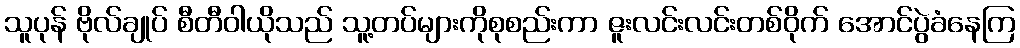
သူပုန် ဗိုလ်ချုပ် စီတီဝါယိုသည် သူ့တပ်များကိုစုစည်းကာ ဇူးလင်းလင်းတစ်ဝိုက် အောင်ပွဲခံနေကြ